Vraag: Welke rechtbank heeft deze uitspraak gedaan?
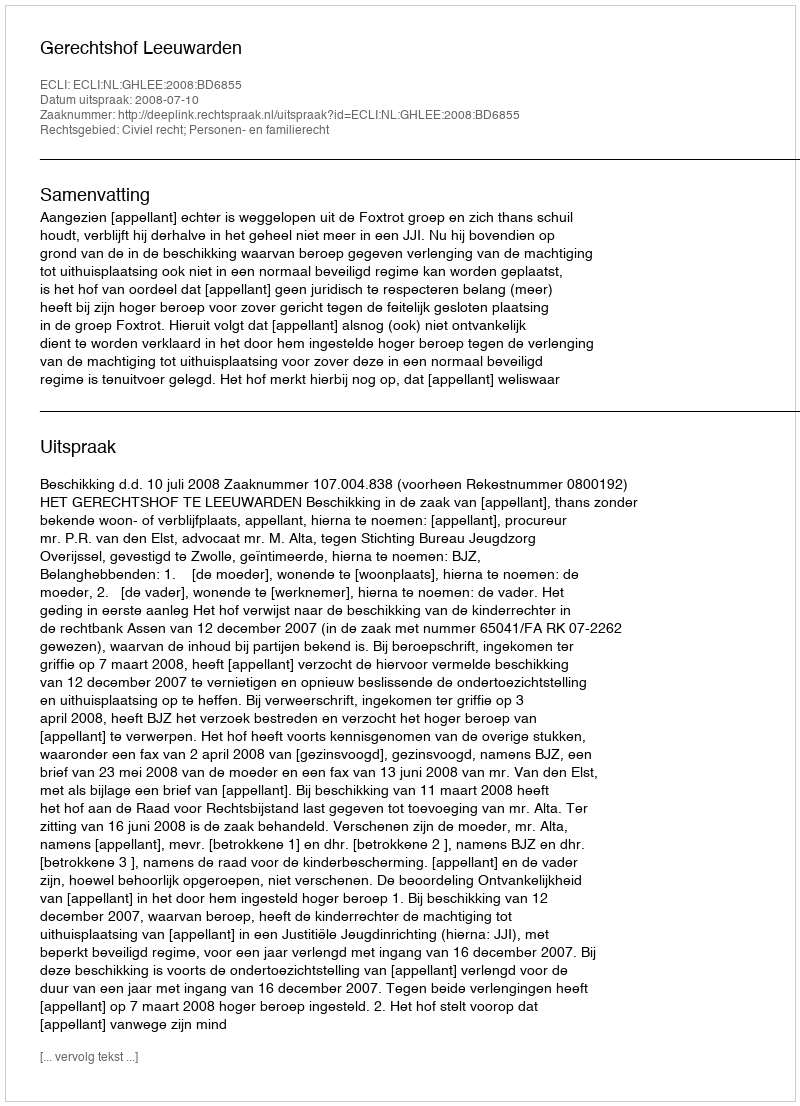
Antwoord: Gerechtshof Leeuwarden